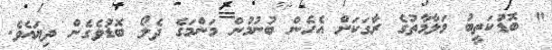
" ބޮޑުކަތީބު މަލާމާތުގެ ރާގަކަށް އެހެން ބުނުމުން މަންމަގެ ދެލޯ ބޮޑުވެގެން ދިޔައެވެ.